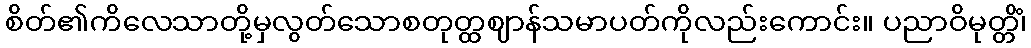
စိတ်၏ကိလေသာတို့မှလွတ်သောစတုတ္ထဈာန်သမာပတ်ကိုလည်းကောင်း။ ပညာဝိမုတ္တိံ၊